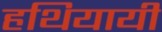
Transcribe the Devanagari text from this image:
हथियायी